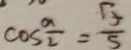
\cos \frac { a } { 2 } = \frac { \sqrt { 5 } } { 5 }